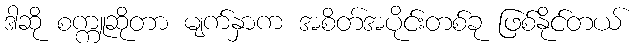
ဒါဆို စက္ကူဆိုတာ မျက်နှာက အစိတ်အပိုင်းတစ်ခု ဖြစ်နိုင်တယ်